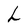
Character: h